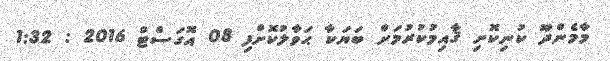
މާމެންދޫ ކުނިކޮށި ޤާއިމުކުރުމަށް ބަޔަކާ ޙަވާލުކޮށްފި 08 އޮގަސްޓް 2016 : 1:32